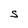
Character: S